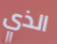
الذي